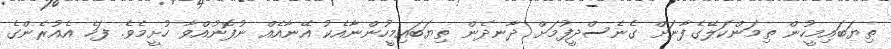
ތިޔަބައިމީހުން ތިމަންކަލޭގެފާނަށް ގެނެސްދީފުމަށް ދާނދެން ތިޔަބައިމީހުންނާއެކު އޭނާއެއް ނުފޮނުއްވާ ހުށީމެވެ. ފަހެ އެއުރެންގެ